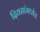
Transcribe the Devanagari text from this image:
दिवसांमध्येच